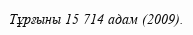
Тұрғыны 15 714 адам (2009).